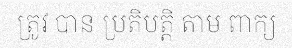
ត្រូវ បាន ប្រតិបត្តិ តាម ពាក្យ